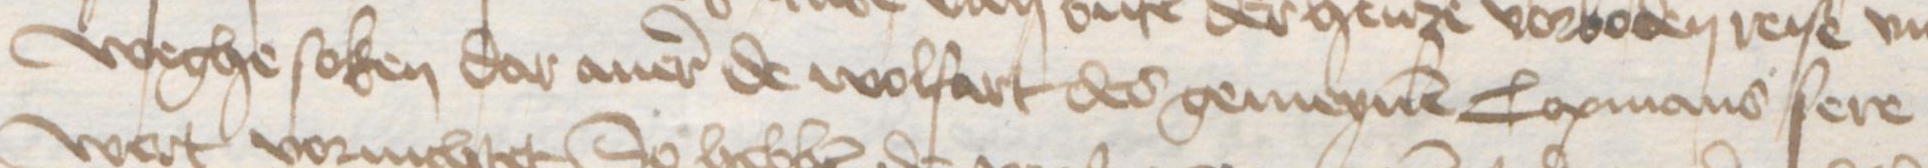
Transcription: weghe soken dar auer de wolfart des gemeynen Copmans sere